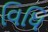
વિધિ